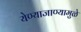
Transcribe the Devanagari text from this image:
येण्याजाण्यामुळे